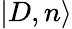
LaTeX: |D,n\rangle